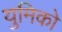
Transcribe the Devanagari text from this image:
युमिको